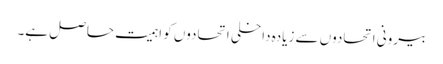
بیرونی اتحادوں سے زیادہ داخلی اتحادوں کو اہمیت حاصل ہے۔